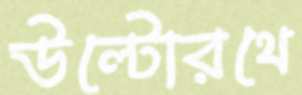
উল্টোরথে